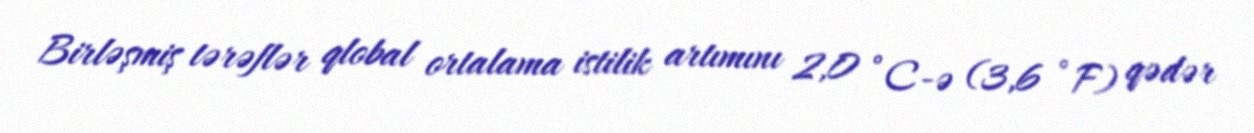
Birləşmiş tərəflər qlobal ortalama istilik artımını 2,0 °C-ə (3,6 °F) qədər